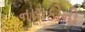
નાયકોનો